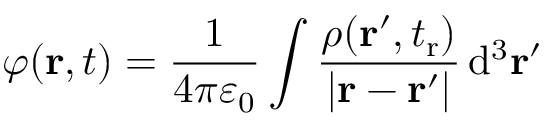
\varphi ( \mathbf r , t ) = \frac { 1 } { 4 \pi \varepsilon _ { 0 } } \int \frac { \rho ( \mathbf r ^ { \prime } , t _ { \mathrm r } ) } { | \mathbf r - \mathbf r ^ { \prime } | } \, \mathrm { d } ^ { 3 } \mathbf r ^ { \prime }